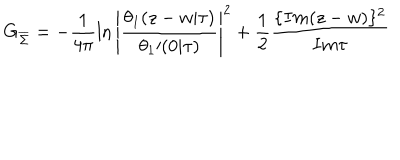
LaTeX: G _ { \overline { { \Sigma } } } = - \frac { 1 } { 4 \pi } \ln \left| \frac { \theta _ { 1 } ( z - w | \tau ) } { { \theta _ { 1 } } \prime ( 0 | \tau ) } \right| ^ { 2 } + \frac { 1 } { 2 } \frac { \{ I m ( z - w ) \} ^ { 2 } } { I m \tau }